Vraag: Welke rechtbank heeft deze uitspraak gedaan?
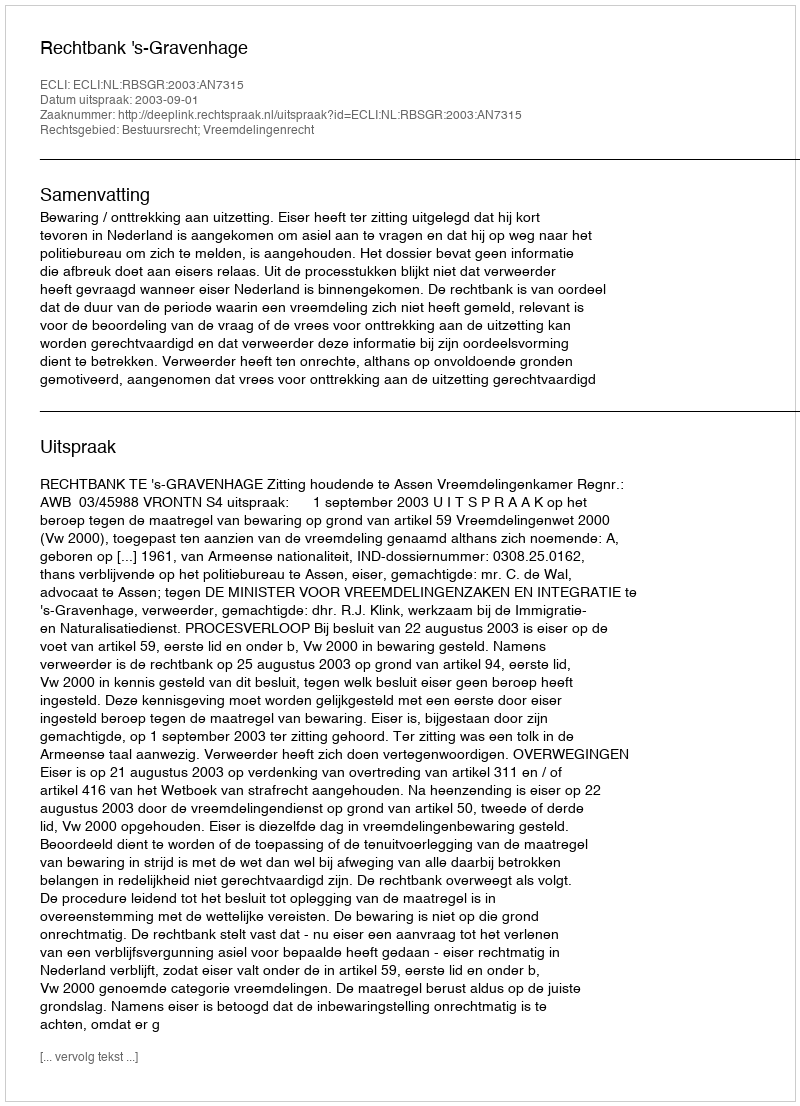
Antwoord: Rechtbank 's-Gravenhage